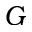
G